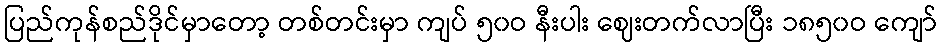
ပြည်ကုန်စည်ဒိုင်မှာတော့ တစ်တင်းမှာ ကျပ် ၅၀ဝ နီးပါး ဈေးတက်လာပြီး ၁၈၅၀ဝ ကျော်